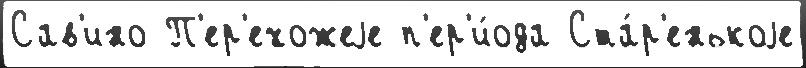
Сав'ино П'ер'ехожеjе п'ер'и́ода Ста́р'енькоjе